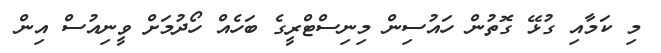
މި ކަމާއި ގުޅޭ ގޮތުން ހައުސިން މިނިސްޓްރީގެ ބަހެއް ހޯދުމަށް ވީނިއުސް އިން